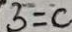
5 = c